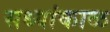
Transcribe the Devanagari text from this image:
सध्यांकाळ